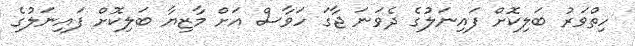
ހިތްވަރު ބަލިކޮށް ފައިނަލުގެ ދެވަނަ ޖާގަ ހަވާސް އަށް މާޒިޔާ ބަލިކޮށް ފަައިނަލުގެ